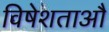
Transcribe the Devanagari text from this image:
विषेशताऔ